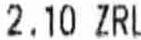
2.10 ZRL